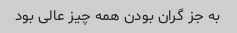
به جز گران بودن همه چیز عالی بود